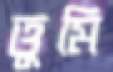
ত্তুমি